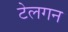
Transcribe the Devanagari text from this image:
टेलगन